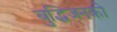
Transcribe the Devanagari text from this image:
बुद्धिजनको